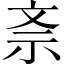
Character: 𭤕